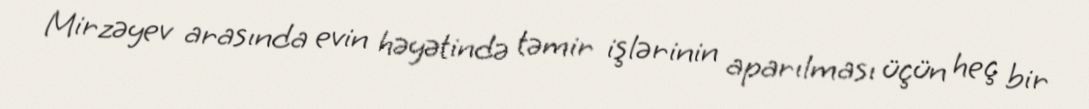
Mirzəyev arasında evin həyətində təmir işlərinin aparılması üçün heç bir